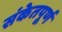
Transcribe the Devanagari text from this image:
संकेतपूर्ण